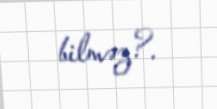
bilməz?.